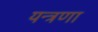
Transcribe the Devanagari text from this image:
यन्त्रणा